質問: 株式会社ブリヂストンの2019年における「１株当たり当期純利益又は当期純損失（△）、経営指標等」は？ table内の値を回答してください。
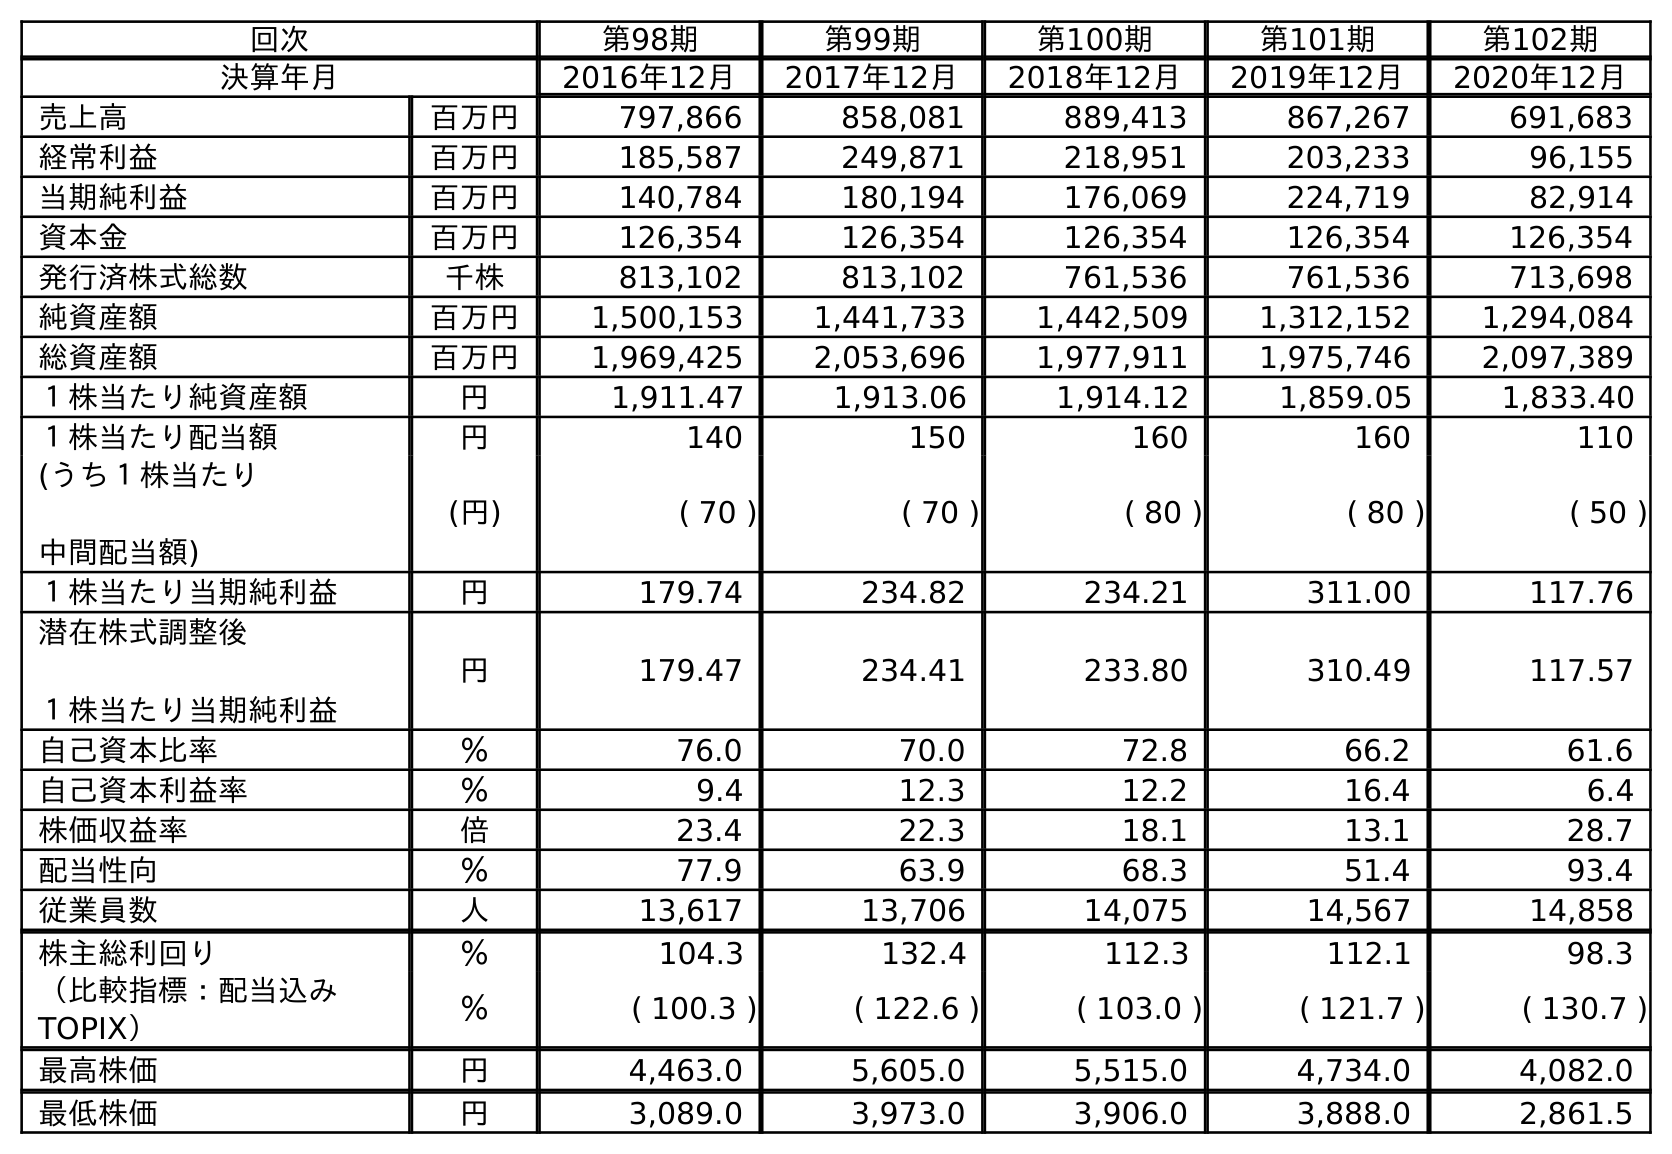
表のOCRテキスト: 回次 第98期 第99期 第100期 第101期 第102期 決算年月 2016年12月 2017年12月 2018年12月 2019年12月 2020年12月 売上高 百万円 797,866 858,081 889,413 867,267 691,683 経常利益 百万円 185,587 249,871 218,951 203,233 96,155 当期純利益 百万円 140,784 180,194 176,069 224,719 82,914 資本金 百万円 126,354 126,354 126,354 126,354 126,354 発行済株式総数 千株 813,102 813,102 761,536 761,536 713,698 純資産額 百万円 1,500,153 1,441,733 1,442,509 1,312,152 1,294,084 総資産額 百万円 1,969,425 2,053,696 1,977,911 1,975,746 2,097,389 １株当たり純資産額 円 1,911.47 1,913.06 1,914.12 1,859.05 1,833.40 １株当たり配当額 円 140 150 160 160 110 (うち１株当たり 中間配当額) (円) ( 70 ) ( 70 ) ( 80 ) ( 80 ) ( 50 ) １株当たり当期純利益 円 179.74 234.82 234.21 311.00 117.76 潜在株式調整後 １株当たり当期純利益 円 179.47 234.41 233.80 310.49 117.57 自己資本比率 ％ 76.0 70.0 72.8 66.2 61.6 自己資本利益率 ％ 9.4 12.3 12.2 16.4 6.4 株価収益率 倍 23.4 22.3 18.1 13.1 28.7 配当性向 ％ 77.9 63.9 68.3 51.4 93.4 従業員数 人 13,617 13,706 14,075 14,567 14,858 株主総利回り ％ 104.3 132.4 112.3 112.1 98.3 （比較指標：配当込み TOPIX） ％ ( 100.3 ) ( 122.6 ) ( 103.0 ) ( 121.7 ) ( 130.7 ) 最高株価 円 4,463.0 5,605.0 5,515.0 4,734.0 4,082.0 最低株価 円 3,089.0 3,973.0 3,906.0 3,888.0 2,861.5
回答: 311.00